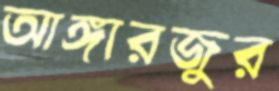
আঙ্গারজুর